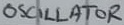
Text: OSCILLATOR